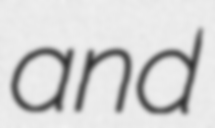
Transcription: and